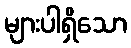
များပါရှိသော